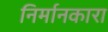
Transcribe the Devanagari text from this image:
निर्मानकारा